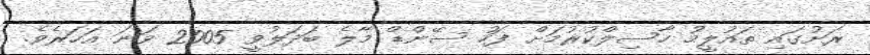
ރަށުގައި ތައުލީމު ހާސިލްކުރުމަށް ފަހު ސޭންޑް މާލެ ބަދަލުވީ 2005 ވަނަ އަހަރެވެ.